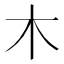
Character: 木